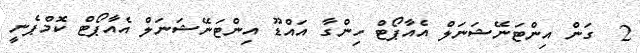
2  ގަން އިންޓަނޭޝަނަލް އެއާޕޯޓް ހިންގާ އައްޑޫ އިންޓަނޭޝަނަލް އެއާޕޯޓް ކޮމްޕެނީ